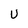
Character: U